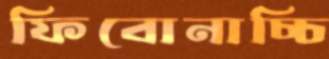
ফিবোনাচ্চি